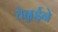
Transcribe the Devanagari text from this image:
चेन्नईने